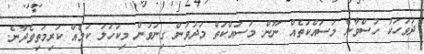
ދުވަހަކު ހުސްވާނެ މަސައްކަތެއް ނޫން. މަސައްކަތް މަދުވުން ގިނަވުން މިކަހަލަ ކަމެއް ކުރިމަތިވެދާނެ.